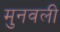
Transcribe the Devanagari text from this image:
मुनवली